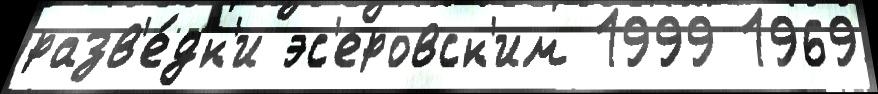
разв'е́дк'и эс'еровск'им 1999 1969